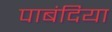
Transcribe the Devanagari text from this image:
पाबंदिया